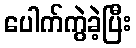
ပေါက်ကွဲခဲ့ပြီး